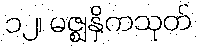
၁၂၊ မဇ္ဈနှိကသုတ်